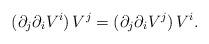
LaTeX: \begin{align*} (\partial_j\partial_i V^i)\,V^j=(\partial_j\partial_i V^j)\,V^i.\end{align*}